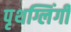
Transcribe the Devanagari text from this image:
पृथग्लिंगी